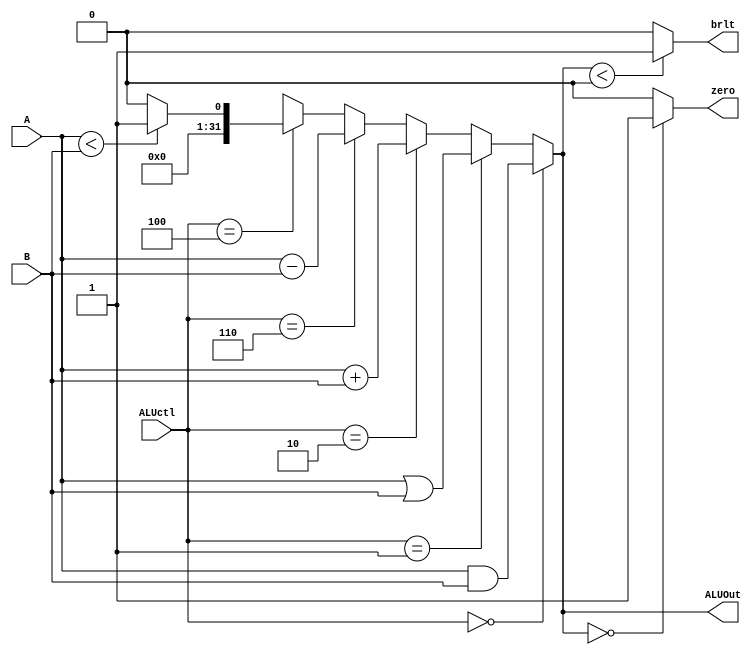
module ALU (
    input [3:0] ALUctl,
    input signed [31:0] A,B,
    output reg signed [31:0] ALUOut,
    output zero,brlt
);
    // ALU has two operand, it execute different operator based on ALUctl wire 
    // output zero is for determining taking branch or not (or you can change the design as you wish)

    always @(*) begin
        if(ALUctl == 4'b0000) ALUOut = A & B;
        else if(ALUctl == 4'b0001) ALUOut = A | B;
        else if(ALUctl == 4'b0010) ALUOut = A + B;
        else if(ALUctl == 4'b0110) ALUOut = A - B;
        else if(ALUctl == 4'b0100) begin
            if(A < B) ALUOut = {31'b0, 1'b1};
            else ALUOut = 32'b0;
        end
        else ALUOut = {32{1'bx}};
    end
    
    assign zero = (ALUOut == 32'b0) ? 1'b1 : 1'b0;
    assign brlt = (ALUOut < 32'sd0) ? 1'b1 : 1'b0;

endmodule